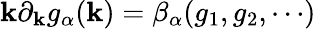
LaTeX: \mathbf{k}\partial_{\mathbf{k}}g_{\alpha}(\mathbf{k})=\beta_{\alpha}(g_{1},g_{2},\cdots)